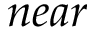
n e a r